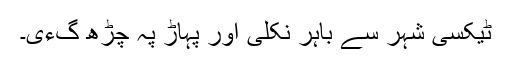
ٹیکسی شہر سے باہر نکلی اور پہاڑ پہ چڑھ گءی۔